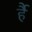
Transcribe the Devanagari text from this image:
र्है